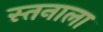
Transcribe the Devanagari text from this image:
स्तनाला